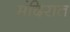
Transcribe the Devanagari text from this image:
मंदिरात